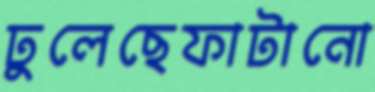
ঢুলেছেফাটানো